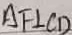
A F \bot C D